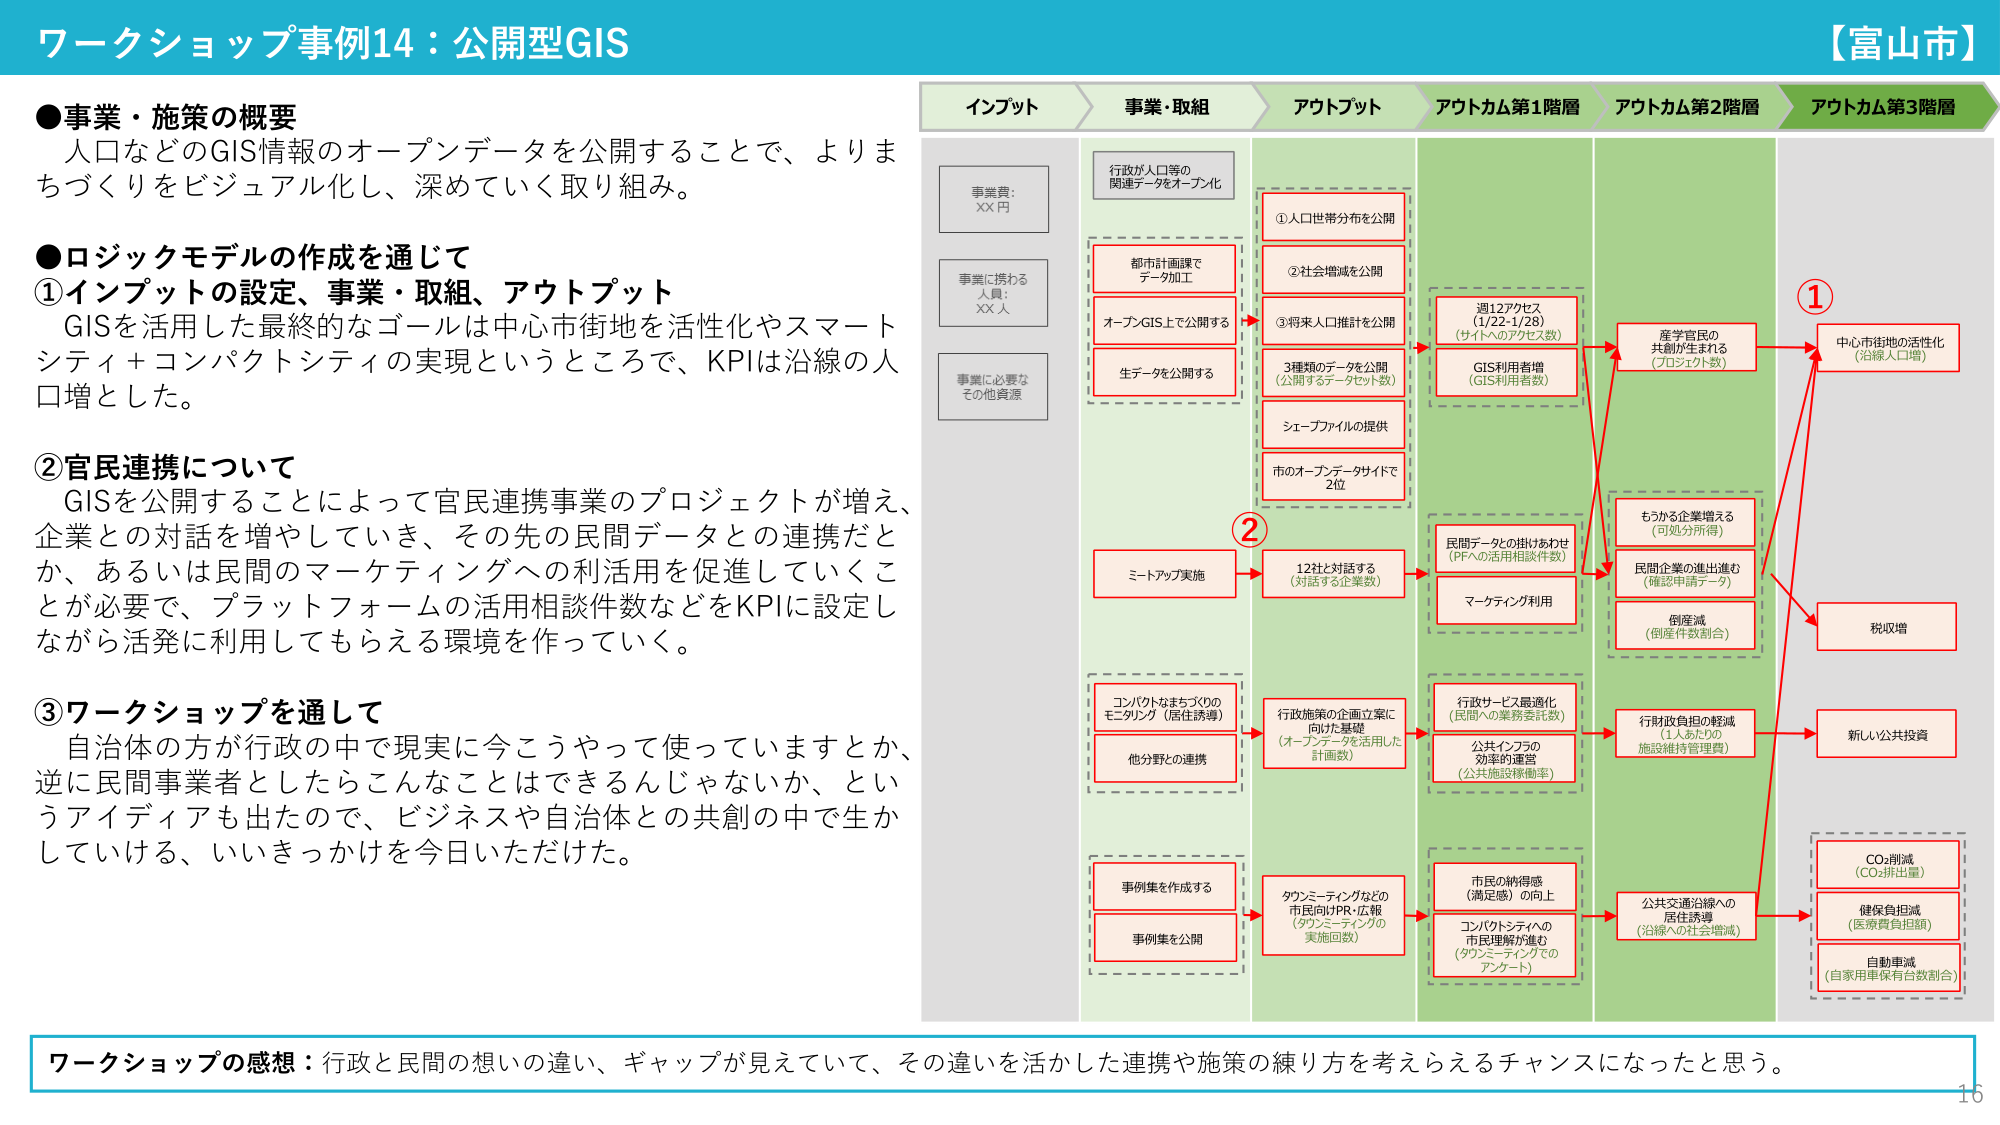
ワークショップ事例14：公開型GIS
【富山市】

●事業・施策の概要
人口などのGIS情報のオープンデータを公開することで、よりまちづくりをビジュアル化し、深めていく取り組み。

●ロジックモデルの作成を通じて
①インプットの設定、事業・取組、アウトプット
GISを活用した最終的なゴールは中心市街地を活性化やスマートシティ＋コンパクトシティの実現というところで、KPIは沿線の人口増とした。

②官民連携について
GISを公開することによって官民連携事業のプロジェクトが増え、企業との対話を増やしていき、その先の民間データとの連携だとか、あるいは民間のマーケティングへの利活用を促進していくことが必要で、プラットフォームの活用相談件数などをKPIに設定しながら活発に利用してもらえる環境を作っていこう。

③ワークショップを通して
自治体の方が行政の中で現実に今こうやって使っていますとか、逆に民間事業者としたらこんなことはできるんじゃないか、というアイディアも出たので、ビジネスや自治体との共創の中で生かしていける、いいきっかけを今日いただけた。

インプット
事業費：XX円
事業に携わる人員：XX人
事業に必要なその他資源

事業・取組
行政が人口等の関連データをオープン化
都市計画課でデータ加工
オープンGIS上で公開する
生データを公開する
ミートアップ実施
コンパクトなまちづくりのモニタリング（居住誘導）
他分野との連携
事例集を作成する
事例集を公開

アウトプット
①人口世帯分布を公開
②社会増減を公開
③将来人口推計を公開
3種類のデータを公開（公開するデータセット数）
シェープファイルの提供
市のオープンデータサイトで2位
12社と対話する（対話する企業数）
行政施策の企画立案に向けた基礎（オープンデータを活用した計画数）
タウンミーティングなどの市民向けPR・広報（タウンミーティングの実施回数）

アウトカム第1階層
週12アクセス（1/22-1/28）（サイトへのアクセス数）
GIS利用者増（GIS利用者数）
民間データとの掛けあわせ（PFへの活用相談件数）
マーケティング利用
行政サービス最適化（民間への業務委託数）
公共インフラの効率的運営（公共施設稼働率）
市民の納得感（満足感）の向上
コンパクトシティへの市民理解が進む（タウンミーティングでのアンケート）

アウトカム第2階層
産学官民の共創が生まれる（プロジェクト数）
もらえる企業増える（可処分所得）
民間企業の進出進む（確認申請データ）
倒産減（倒産件数割合）
行財政負担の軽減（1人あたりの施設維持管理費）
公共交通沿線への居住誘導（沿線への社会増減）

アウトカム第3階層
中心市街地の活性化（沿線人口増）
税収増
新しい公共投資
CO₂削減（CO₂排出量）
健保負担減（医療費負担額）
自動車減（自家用車保有台数割合）

ワークショップの感想：行政と民間の想いの違い、ギャップが見えていて、その違いを活かした連携や施策の練り方を考えらえるチャンスになったと思う。

16